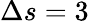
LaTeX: \Delta s=3